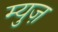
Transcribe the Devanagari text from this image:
म्युज़